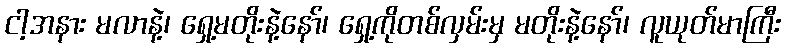
ငါ့အနား မလာနဲ့၊ ရှေ့မတိုးနဲ့နော်၊ ရှေ့ကိုတစ်လှမ်းမှ မတိုးနဲ့နော်၊ လူယုတ်မာကြီး